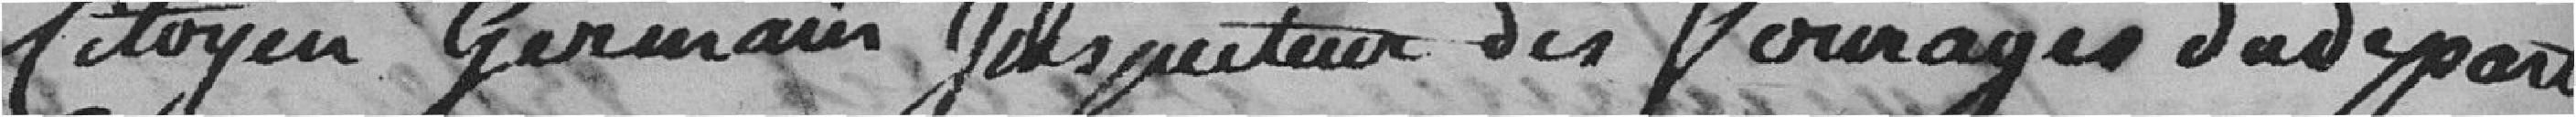
citoyen Germain, inspecteur des fourrages du département